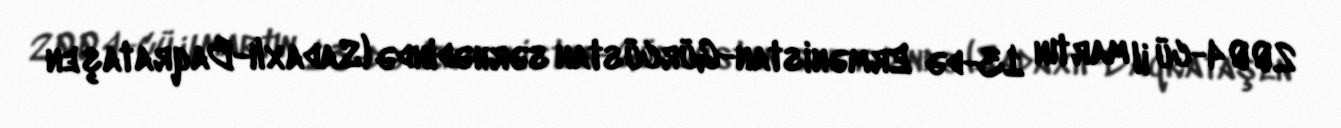
2004-cü il martın 13-də Ermənistan-Gürcüstan sərhədində (Sadaxlı-Baqrataşen